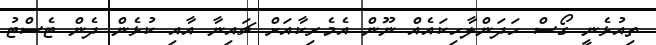
ތިއުޅެނީ ގޯސް ހަދަންލާހިކައެއް ނޫން އެމެރިކާއަށް ޗައިނާ އާއި ކުޅެން ދެން ޓެސްޓު